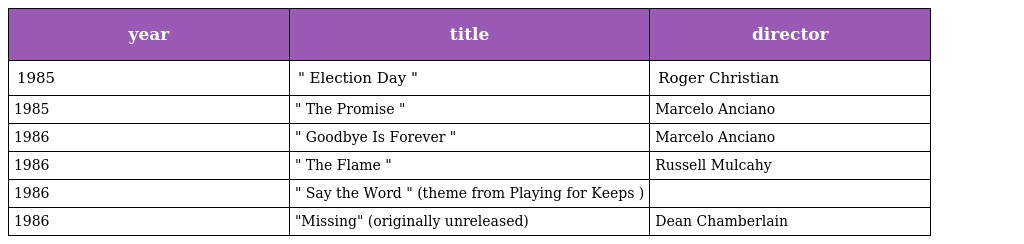
| year | title | director |
 | --- | --- | --- |
 | 1985 | " Election Day " | Roger Christian |
 | 1985 | " The Promise " | Marcelo Anciano |
 | 1986 | " Goodbye Is Forever " | Marcelo Anciano |
 | 1986 | " The Flame " | Russell Mulcahy |
 | 1986 | " Say the Word " (theme from Playing for Keeps ) |  |
 | 1986 | "Missing" (originally unreleased) | Dean Chamberlain |